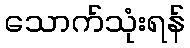
သောက်သုံးရန်